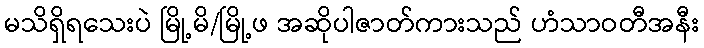
မသိရှိရသေးပဲ မြို့မိ/မြို့ဖ အဆိုပါဇာတ်ကားသည် ဟံသာဝတီအနီး